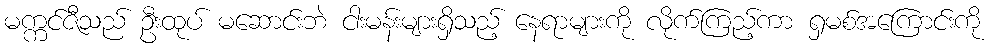
မက္ကင်ဇီသည် ဦးထုပ် မဆောင်းဘဲ ငါးမန်းများရှိသည့် နေရာများကို လိုက်ကြည့်ကာ ရှမစ်အကြောင်းကို